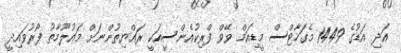
އަދި އަޑުގެ 1449 މެގަހާޓްސް މީޑިއަމް ވޭވް ފްރިކުއެންސީއަކީ ރައްޔިތުންނަށް މައުލޫމާތު ފޯރުވައިދީ